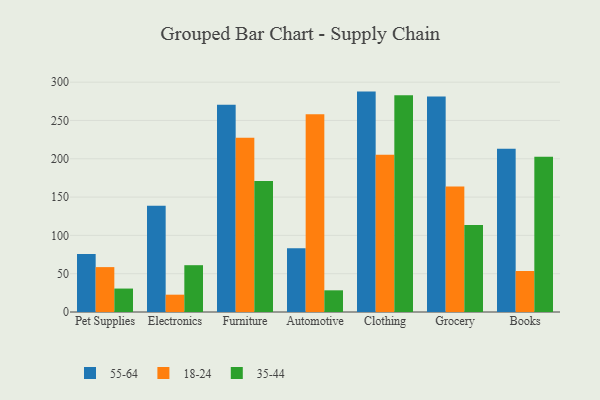
{"axis": {"x": "Category", "y": "Conversion Rate (%)"}, "legend": ["18-24", "35-44", "55-64"], "data": [{"x": "Pet Supplies", "y": 75.7, "type": "55-64"}, {"x": "Pet Supplies", "y": 58.6, "type": "18-24"}, {"x": "Pet Supplies", "y": 30.6, "type": "35-44"}, {"x": "Electronics", "y": 138.7, "type": "55-64"}, {"x": "Electronics", "y": 22.6, "type": "18-24"}, {"x": "Electronics", "y": 61.1, "type": "35-44"}, {"x": "Furniture", "y": 270.4, "type": "55-64"}, {"x": "Furniture", "y": 227.4, "type": "18-24"}, {"x": "Furniture", "y": 171.0, "type": "35-44"}, {"x": "Automotive", "y": 83.1, "type": "55-64"}, {"x": "Automotive", "y": 258.1, "type": "18-24"}, {"x": "Automotive", "y": 28.3, "type": "35-44"}, {"x": "Clothing", "y": 287.7, "type": "55-64"}, {"x": "Clothing", "y": 205.3, "type": "18-24"}, {"x": "Clothing", "y": 283.0, "type": "35-44"}, {"x": "Grocery", "y": 281.4, "type": "55-64"}, {"x": "Grocery", "y": 163.7, "type": "18-24"}, {"x": "Grocery", "y": 113.5, "type": "35-44"}, {"x": "Books", "y": 213.1, "type": "55-64"}, {"x": "Books", "y": 53.5, "type": "18-24"}, {"x": "Books", "y": 202.8, "type": "35-44"}]}